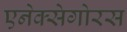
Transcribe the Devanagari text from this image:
एनेक्सेगोरस